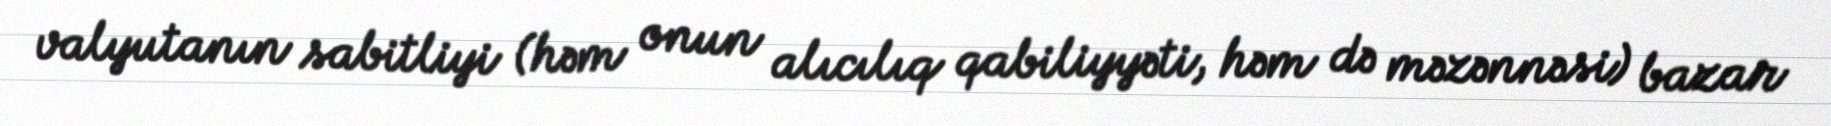
valyutanın sabitliyi (həm onun alıcılıq qabiliyyəti, həm də məzənnəsi) bazar